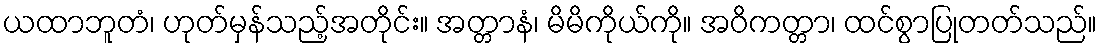
ယထာဘူတံ၊ ဟုတ်မှန်သည့်အတိုင်း။ အတ္တာနံ၊ မိမိကိုယ်ကို။ အဝိကတ္တာ၊ ထင်စွာပြုတတ်သည်။